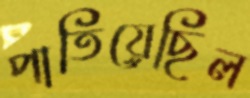
পাতিয়েছিল